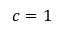
c = 1